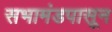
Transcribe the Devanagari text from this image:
सभामंडपासून